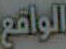
الواقع